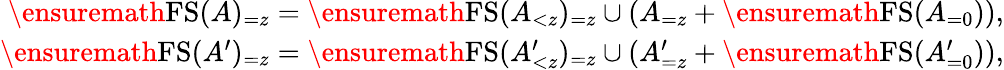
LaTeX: \begin{array}{r}{\ensuremath{\operatorname{FS}}(A)_{=z}=\ensuremath{\operatorname{FS}}(A_{<z})_{=z}\cup(A_{=z}+\ensuremath{\operatorname{FS}}(A_{=0})),}\\ {\ensuremath{\operatorname{FS}}(A^{\prime})_{=z}=\ensuremath{\operatorname{FS}}(A_{<z}^{\prime})_{=z}\cup(A_{=z}^{\prime}+\ensuremath{\operatorname{FS}}(A_{=0}^{\prime})),}\end{array}